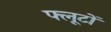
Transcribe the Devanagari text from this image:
फ्लूटों